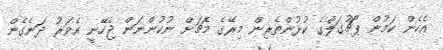
އެހެން ކަމުން ޕޯޗުގަލްގެ ކުޅުންތެރިން މިރޭގެ މެޗަށް ނުކުންނަން ޖެހޭނީ އެވަރު ދަނެގެން